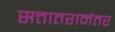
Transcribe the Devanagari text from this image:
सत्तातरानंतर